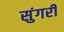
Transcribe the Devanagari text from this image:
सुंगरी